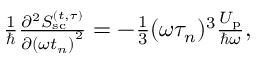
\begin{array} { r } { \frac { 1 } { \hbar } \frac { \partial ^ { 2 } S _ { \mathrm { s c } } ^ { ( t , \tau ) } } { \partial { ( \omega t _ { n } ) } ^ { 2 } } = - \frac { 1 } { 3 } ( \omega \tau _ { n } ) ^ { 3 } \frac { U _ { \mathrm { p } } } { \hbar \omega } , } \end{array}